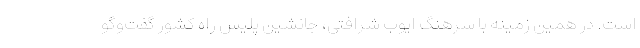
است. در همین زمینه با سرهنگ ایوب شرافتی، جانشین پلیس راه کشور گفت‌وگو